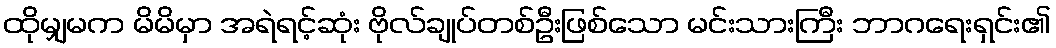
ထိုမျှမက မိမိမှာ အရဲရင့်ဆုံး ဗိုလ်ချုပ်တစ်ဦးဖြစ်သော မင်းသားကြီး ဘာဂရေးရှင်း၏